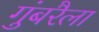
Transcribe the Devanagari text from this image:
गुंबरैला